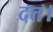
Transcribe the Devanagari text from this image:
दत्त।